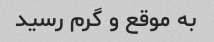
به موقع و گرم رسید